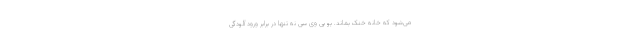
می‌شود که خانه خنک بماند. یو پی وی سی نه تنها در برابر ورود آلودگی